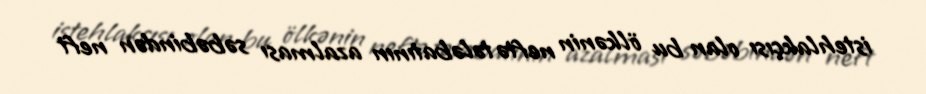
istehlakçısı olan bu ölkənin neftə tələbatının azalması səbəbindən neft